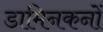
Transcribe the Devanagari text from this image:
डामिनकनों